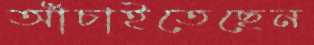
আঁচাইতেছেন